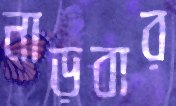
নাড়বার